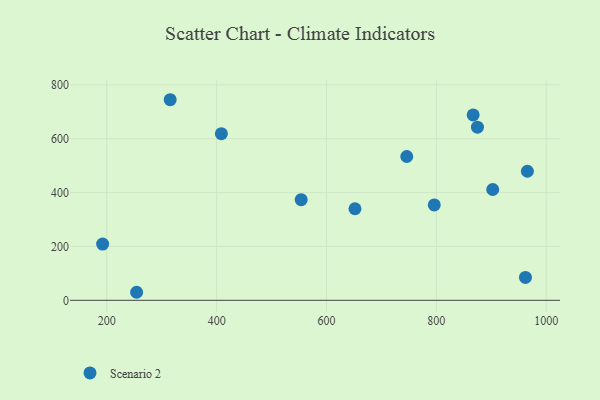
{"axis": {"x": "Experience", "y": "Salary"}, "legend": ["Scenario 2"], "data": [{"x": "965.7", "y": 479.2, "type": "Scenario 2"}, {"x": "902.6", "y": 411.4, "type": "Scenario 2"}, {"x": "962.2", "y": 85.1, "type": "Scenario 2"}, {"x": "651.8", "y": 340.0, "type": "Scenario 2"}, {"x": "867.0", "y": 688.3, "type": "Scenario 2"}, {"x": "874.8", "y": 642.7, "type": "Scenario 2"}, {"x": "796.2", "y": 354.2, "type": "Scenario 2"}, {"x": "746.1", "y": 533.9, "type": "Scenario 2"}, {"x": "553.9", "y": 373.6, "type": "Scenario 2"}, {"x": "408.6", "y": 618.9, "type": "Scenario 2"}, {"x": "254.3", "y": 29.8, "type": "Scenario 2"}, {"x": "192.4", "y": 208.7, "type": "Scenario 2"}, {"x": "315.4", "y": 744.8, "type": "Scenario 2"}]}